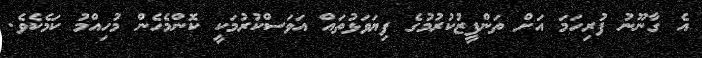
އެ ގާނޫނު ފުރިހަމަ އަށް ތަންފީޒުކުރުމުގެ ފިޔަވަޅުތައް އަވަސްކުރުމަކީ ކޮންމެހެން މުހިއްމު ކަމެކެވެ.